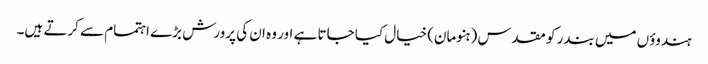
ہندوؤں میں بندر کو مقدس (ہنومان) خیال کیا جاتا ہے اور وہ ان کی پرورش بڑے اہتمام سے کرتے ہیں۔